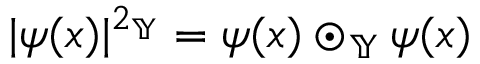
\begin{array} { r } { | \psi ( x ) | ^ { 2 _ { \mathbb { Y } } } = \psi ( x ) \odot _ { \mathbb { Y } } \psi ( x ) } \end{array}